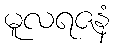
မူလရဇနံ